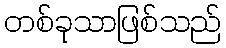
တစ်ခုသာဖြစ်သည်